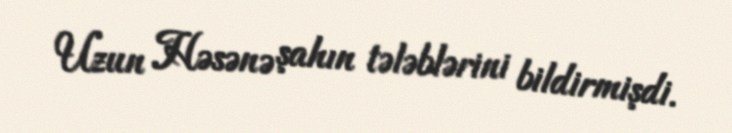
Uzun Həsənə şahın tələblərini bildirmişdi.